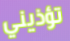
تؤذيني